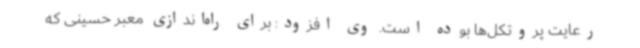
رعایت پروتکل‌ها بوده است. وی افزود: برای راه‌اندازی معبر حسینی که